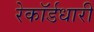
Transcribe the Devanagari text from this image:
रेकॉर्डधारी